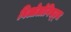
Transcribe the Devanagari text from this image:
बिओलोगिस्ट्स